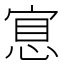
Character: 𢜇